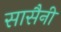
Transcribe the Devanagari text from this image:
सासैनी